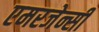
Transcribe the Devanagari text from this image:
एमरजेन्सी